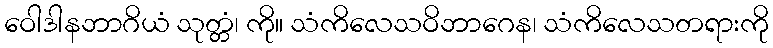
ဝေါဒါနဘာဂိယံ သုတ္တံ၊ ကို။ သံကိလေသဝိဘာဂေန၊ သံကိလေသတရားကို